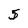
Character: 5